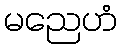
မညေဟံ